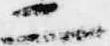
二